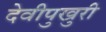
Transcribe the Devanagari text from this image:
देवीपुखुरी